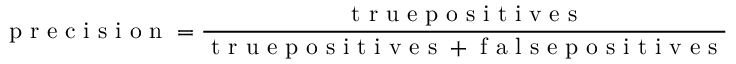
\mathrm { ~ p ~ r ~ e ~ c ~ i ~ s ~ i ~ o ~ n ~ } = \frac { \mathrm { ~ t ~ r ~ u ~ e ~ p ~ o ~ s ~ i ~ t ~ i ~ v ~ e ~ s ~ } } { \mathrm { ~ t ~ r ~ u ~ e ~ p ~ o ~ s ~ i ~ t ~ i ~ v ~ e ~ s ~ + ~ f ~ a ~ l ~ s ~ e ~ p ~ o ~ s ~ i ~ t ~ i ~ v ~ e ~ s ~ } }